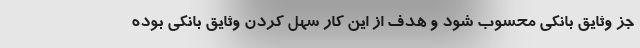
جز وثایق بانکی محسوب شود و هدف از این کار سهل کردن وثایق بانکی بوده